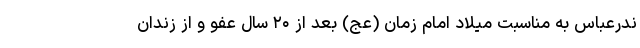
ندرعباس به مناسبت میلاد امام زمان (عج) بعد از ۲۰ سال عفو و از زندان